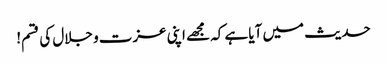
حدیث میں آیا ہے کہ مجھے اپنی عزت و جلال کی قسم!